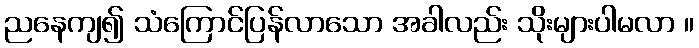
ညနေကျ၍ သံကြောင်ပြန်လာသော အခါလည်း သိုးများပါမလာ ။